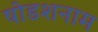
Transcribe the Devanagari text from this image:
षोडशनाम